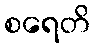
စရေတိ